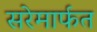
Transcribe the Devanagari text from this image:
सरेमार्फत